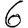
Digit: 6